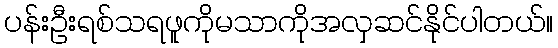
ပန်းဦးရစ်သရဖူကိုမသာကိုအလှဆင်နိုင်ပါတယ်။